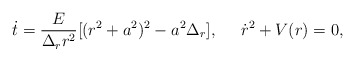
\begin{align*}\dot{t}=\frac{E}{\Delta_r r^2}[(r^2+a^2)^2-a^2\Delta_r],\;\;\;\;\;\dot{r}^2+V(r)=0,\end{align*}